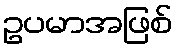
ဥပမာအဖြစ်